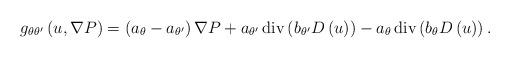
LaTeX: \begin{align*}g_{\theta\theta^{\prime}}\left( u,\nabla P\right) =\left( a_{\theta}-a_{\theta^{\prime}}\right) \nabla P+a_{\theta^{\prime}}\operatorname{div}\left( b_{\theta^{\prime}}D\left( u\right) \right) -a_{\theta}\operatorname{div}\left( b_{\theta}D\left( u\right) \right) .\end{align*}